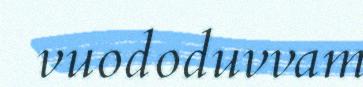
vuododuvvam